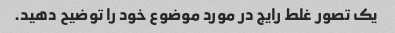
یک تصور غلط رایج در مورد موضوع خود را توضیح دهید.